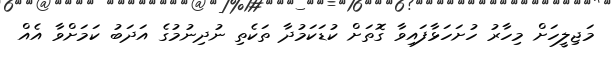
މަޖިލީހަށް މިހާރު ހުށަހަޅާފައިވާ ގޮތަށް ކުޑަކަމުދާ ތަކެތި ނުދިނުމުގެ އަދަބު ކަމަށްވާ އެއް